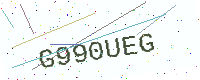
Text: G990UEG